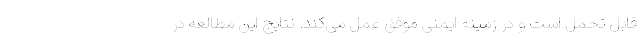
قابل تحمل است و در زمینه ایمنی موفق عمل می‌کند. نتایج این مطالعه در